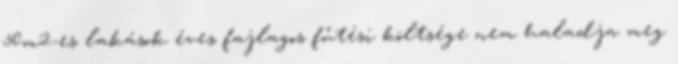
50m2-es lakások éves fajlagos fűtési költsége nem haladja meg